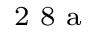
^ \textrm { \scriptsize 2 8 a }